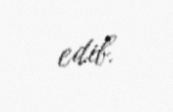
edib.